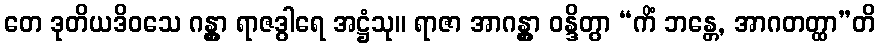
တေ ဒုတိယဒိဝသေ ဂန္တွာ ရာဇဒွါရေ အဋ္ဌံသု။ ရာဇာ အာဂန္တွာ ဝန္ဒိတွာ “ကိံ ဘန္တေ, အာဂတတ္ထာ”တိ